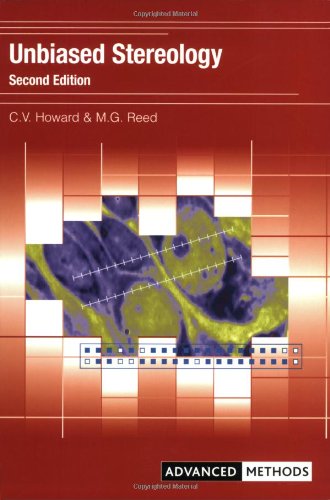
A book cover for Unbiased Stereology: Three-Dimensional Measurement in Microscopy (Advanced Methods); Vyvyan Howard; Science & Math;